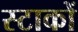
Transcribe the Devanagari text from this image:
स्टाकों